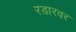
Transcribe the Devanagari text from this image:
रडारवर